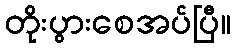
တိုးပွားစေအပ်ပြီ။